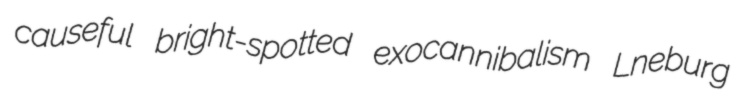
causeful bright-spotted exocannibalism Lneburg